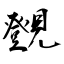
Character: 覴